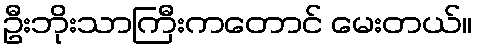
ဦးဘိုးသာကြီးကတောင် မေးတယ်။